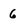
Character: 6